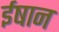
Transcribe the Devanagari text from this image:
ईषान